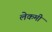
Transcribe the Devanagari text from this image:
लेकमी